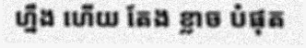
ហ្នឹង ហើយ តែង ខ្លាច បំផុត